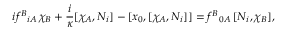
i f ^ { B } { } _ { i A } \, \chi _ { B } + \frac { i } \kappa [ \chi _ { A } , N _ { i } ] - [ x _ { 0 } , [ \chi _ { A } , N _ { i } ] ] = f ^ { B } { } _ { 0 A } \, [ N _ { i } , \chi _ { B } ] ,